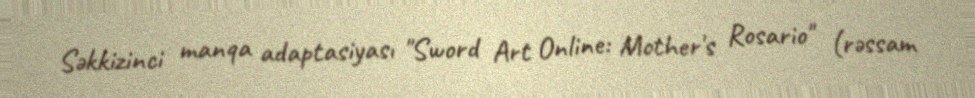
Səkkizinci manqa adaptasiyası "Sword Art Online: Mother's Rosario" (rəssam